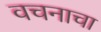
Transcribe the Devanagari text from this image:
वचनाचा